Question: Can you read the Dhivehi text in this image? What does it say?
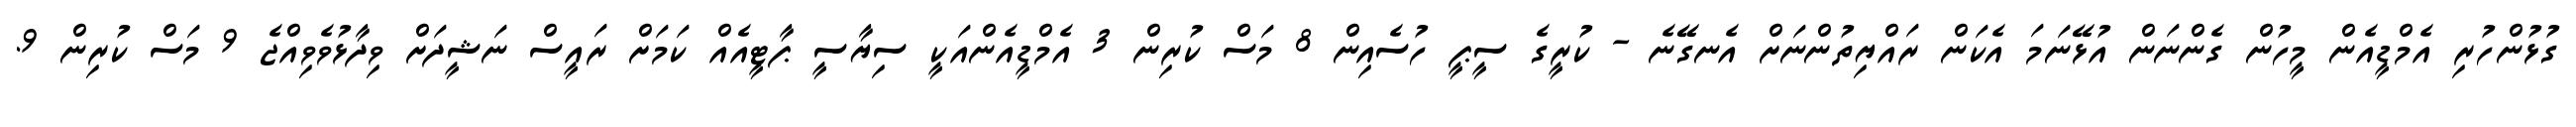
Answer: ގުޅުންހުރި އެމްޑީއެން މީހުން ގެންނަން އުޅޭނަމަ އެކަން ރައްޔިތުންނަށް އެނގޭނެ - ކުރީގެ ސީޕީ ހުސެއިން 8 މަސް ކުރިން 3 އެމްޑީއެންއަކީ ސިޔާސީ ޕާޓީއެއް ކަމަށް ރައީސް ނަޝީދަށް ވިދާޅުވެވިއްޖެ 9 މަސް ކުރިން 9.